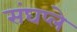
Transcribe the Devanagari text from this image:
संघप्ले